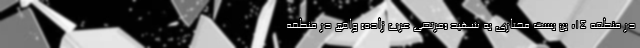
در منطقه ۱۴، بن بست مختاری به شهید «مرتضی عرب زاده» واقع در منطقه